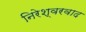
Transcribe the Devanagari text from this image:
निरेश्वरवाद